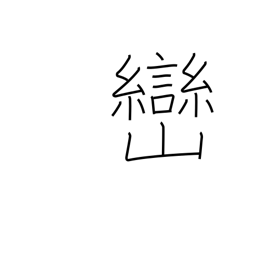
Meaning: small peak